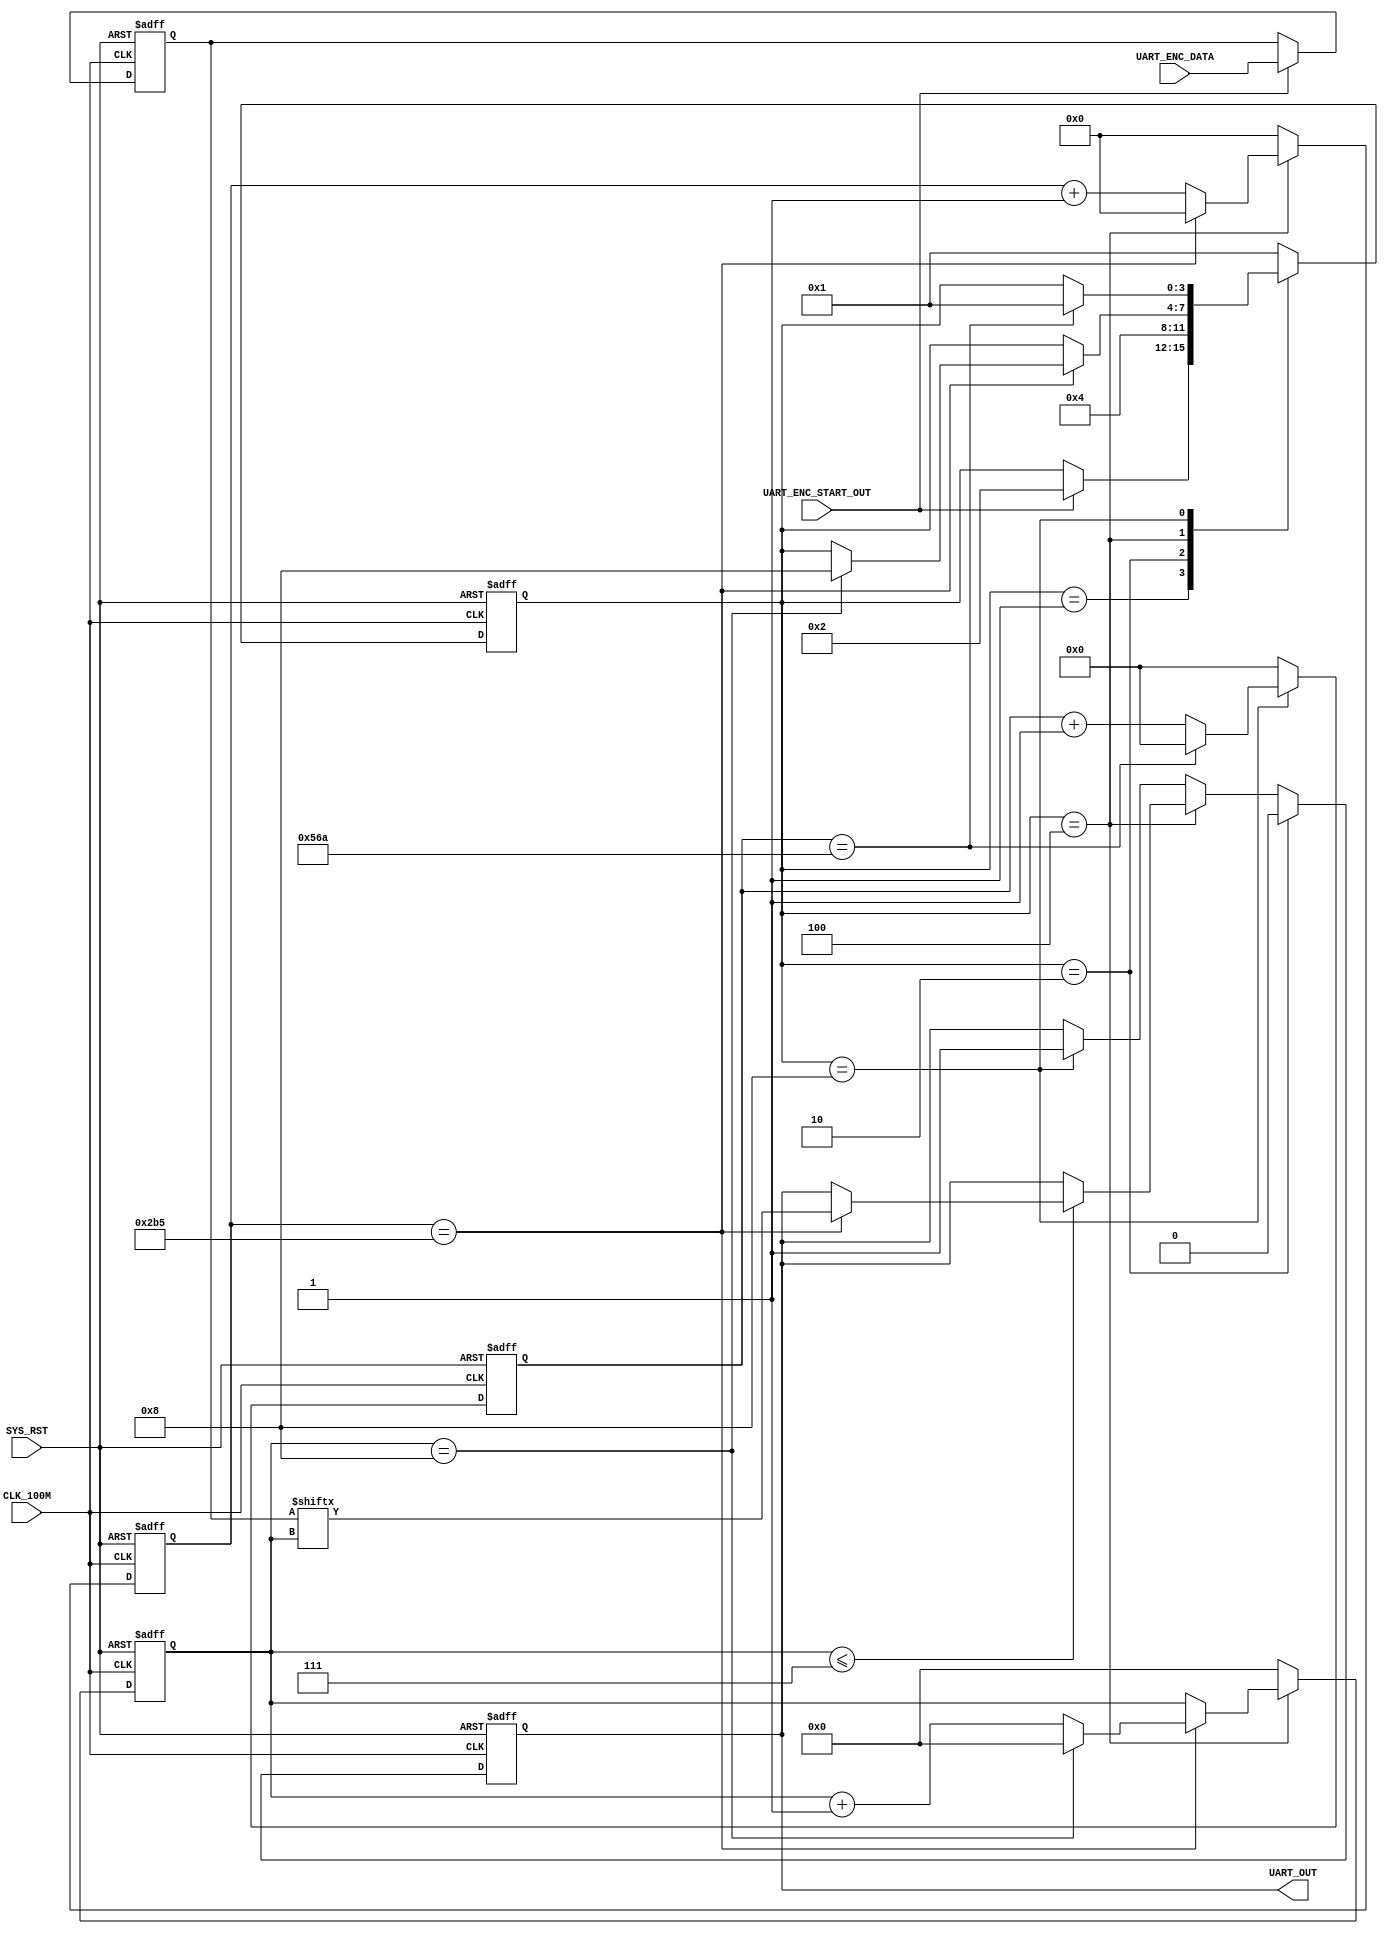
`timescale 1ns / 1ps

module UART_TX (
    // system signals
    input   wire                        CLK_100M                                , // (i) clock
    input   wire                        SYS_RST                                 , // (i) reset (high-active)

    input   wire                        UART_ENC_START_OUT                      , // (i) UART_TX start
    input   wire[7:0]                   UART_ENC_DATA                           , // (i) UART_TX data in

    output  wire                        UART_OUT                                  // (o) UART_TX Port
    );

    // -------------------------------------------------------------
    // Parameter definition
    // -------------------------------------------------------------
    // STATEs of STATE machine
    parameter                           P_IDLE                  = 4'b0001       ; // idle
    parameter                           P_START_BIT             = 4'b0010       ; // start bit
    parameter                           P_DATA_BITS             = 4'b0100       ; // data bits
    parameter                           P_STOP_BIT              = 4'b1000       ; // stop bit

    //count
    parameter                           P_BIT_CNT               = 10'd693        ; // bit count
    parameter                           P_STOP_CNT              = 11'd1386       ; // stop count

    // -------------------------------------------------------------
    // Internal signal definition
    // -------------------------------------------------------------
    reg         [3:0]                   r_state                                 ; // FSM state

    reg         [7:0]                   r_data_buf                              ; // UART_TX data buffer

    reg         [3:0]                   r_bit_idx                               ; // bit index
    reg         [9:0]                   r_clk_cnt                               ; // clock count
    reg         [10:0]                   r_stop_cnt                              ; // stop count

    reg                                 r_out                                   ; // output register

// =============================================================================
// RTL Body
// =============================================================================
    always @(posedge CLK_100M or posedge SYS_RST) begin
        if (SYS_RST) begin
            // reset
            r_data_buf   <= 'b0;
        end else begin
            if (UART_ENC_START_OUT) begin
                r_data_buf   <= UART_ENC_DATA;
            end
        end
    end

    //FSM
    always @(posedge CLK_100M or posedge SYS_RST) begin
        if (SYS_RST) begin
            // reset
            r_state     <= P_IDLE;
        end else begin
            case (r_state)

                default: begin
                    r_state <= P_IDLE;
                end

                // idle
                P_IDLE: begin
                    if (UART_ENC_START_OUT) begin
                        r_state <= P_START_BIT;
                    end
                end

                //start bit
                P_START_BIT: begin
                    r_state <= P_DATA_BITS;
                end

                //data bits
                P_DATA_BITS: begin
                    if (r_clk_cnt == P_BIT_CNT) begin
                        if (r_bit_idx == 4'b1000) begin
                            r_state <= P_STOP_BIT;
                        end
                    end
                end

                //stop bit
                P_STOP_BIT: begin
                    if (r_stop_cnt == P_STOP_CNT) begin
                        r_state <= P_IDLE;
                    end
                end

            endcase
        end
    end

    //send
    always @(posedge CLK_100M or posedge SYS_RST) begin
        if (SYS_RST) begin
            // reset
            r_out   <= 1'b1;
        end else begin
            if (r_state == P_START_BIT) begin
                r_out   <= 1'b0;
            end else if (r_state == P_DATA_BITS) begin
                if (r_bit_idx <= 4'b111) begin
                    if (r_clk_cnt == P_BIT_CNT) begin
                        r_out   <= r_data_buf[r_bit_idx];
                    end
                end else begin
                    r_out   <= r_out;
                end
            end else if (r_state == P_STOP_BIT) begin
                r_out   <= 1'b1;
            end
        end
    end

    //data bit counter
    always @(posedge CLK_100M or posedge SYS_RST) begin
        if (SYS_RST) begin
            // reset
            r_clk_cnt   <= 9'b0;
        end else begin
            if (r_state == P_DATA_BITS) begin
                if (r_clk_cnt == P_BIT_CNT) begin                               //wait 1 bit low wave as start bit
                    r_clk_cnt   <= 9'b0;
                end else begin
                    r_clk_cnt   <= r_clk_cnt + 9'b1;
                end
            end else begin
                r_clk_cnt   <= 9'b0;
            end
        end
    end

    //stop bit counter
    always @(posedge CLK_100M or posedge SYS_RST) begin
        if (SYS_RST) begin
            // reset
            r_stop_cnt  <= 10'b0;
        end else begin
            if (r_state == P_STOP_BIT) begin
                if (r_stop_cnt == P_STOP_CNT) begin                             //stop 2 bits
                    r_stop_cnt  <= 10'b0;
                end else begin
                    r_stop_cnt  <= r_stop_cnt + 10'b1;
                end
            end else begin
                r_stop_cnt  <= 10'b0;
            end
        end
    end

    //bit index
    always @(posedge CLK_100M or posedge SYS_RST) begin
        if (SYS_RST) begin
            // reset
            r_bit_idx   <= 4'b0;
        end else begin
            if (r_state == P_DATA_BITS) begin                                   // 8 bits data
                if (r_clk_cnt == P_BIT_CNT) begin
                    if (r_bit_idx == 4'b1000) begin
                        r_bit_idx   <= 4'b0;
                    end else begin
                        r_bit_idx   <= r_bit_idx + 1'b1;
                    end
                end
            end else begin
                r_bit_idx   <= 4'b0;
            end
        end
    end

    assign UART_OUT = r_out;

endmodule